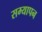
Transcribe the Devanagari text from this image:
सम्यापन